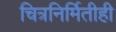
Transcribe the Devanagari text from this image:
चित्रनिर्मितीही